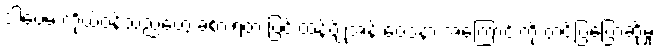
ဒါပေမဲ့ ကိုယ်ဝန်သည်တွေ ခံစားရတဲ့ ပြင်းထန်ပျို့အန် ဝေဒနာ အကြောင်းကို တင်ပြပြောဆိုမှု